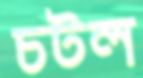
চটল